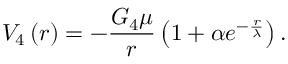
V _ { 4 } \left( r \right) = - \frac { G _ { 4 } \mu } { r } \left( 1 + \alpha e ^ { - \frac { r } { \lambda } } \right) .